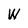
Character: W